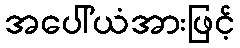
အပေါ်ယံအားဖြင့်